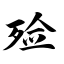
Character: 殓